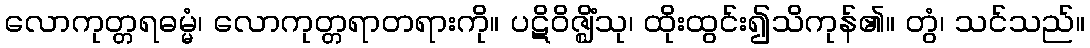
လောကုတ္တရဓမ္မံ၊ လောကုတ္တရာတရားကို။ ပဋိဝိဇ္ဈိံသု၊ ထိုးထွင်း၍သိကုန်၏။ တွံ၊ သင်သည်။